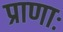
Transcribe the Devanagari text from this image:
प्राणाः